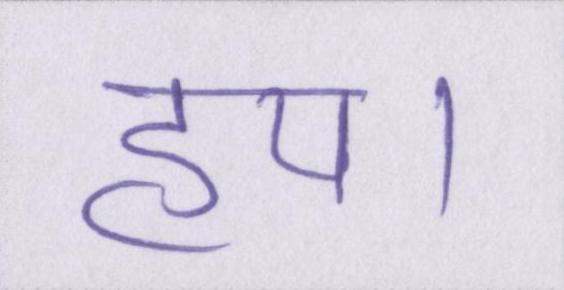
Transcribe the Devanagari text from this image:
हय।